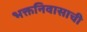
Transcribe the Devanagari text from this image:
भक्तनिवासाची